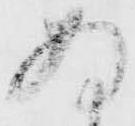
存